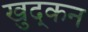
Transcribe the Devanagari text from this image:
खुद्कन